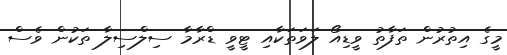
މީގެ އިތުރުން ތަފާތު ވީޑިއޯ ލަވަތަކާއި ޓީވީ ޑްރާމާ ސިލްސިލާ ތަކުން ވެސް